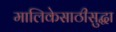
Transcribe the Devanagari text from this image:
मालिकेसाठीसुद्धा